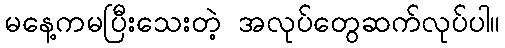
မနေ့ကမပြီးသေးတဲ့ အလုပ်တွေဆက်လုပ်ပါ။